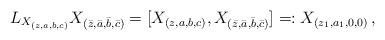
LaTeX: \begin{align*}L_{X_{(z,a,b,c)}} X_{(\bar{z},\bar{a},\bar{b},\bar{c})} = [ X_{(z,a,b,c)} , X_{(\bar{z},\bar{a},\bar{b},\bar{c})}] =: X_{(z_1 , a_1, 0, 0)}\,,\end{align*}